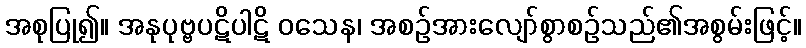
အစုပြု၍။ အနုပုဗ္ဗပဋိပါဋိ ဝသေန၊ အစဉ်အားလျော်စွာစဉ်သည်၏အစွမ်းဖြင့်။